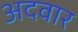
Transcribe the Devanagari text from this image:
अदवार